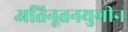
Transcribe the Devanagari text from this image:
अतिनूतनयुगीन